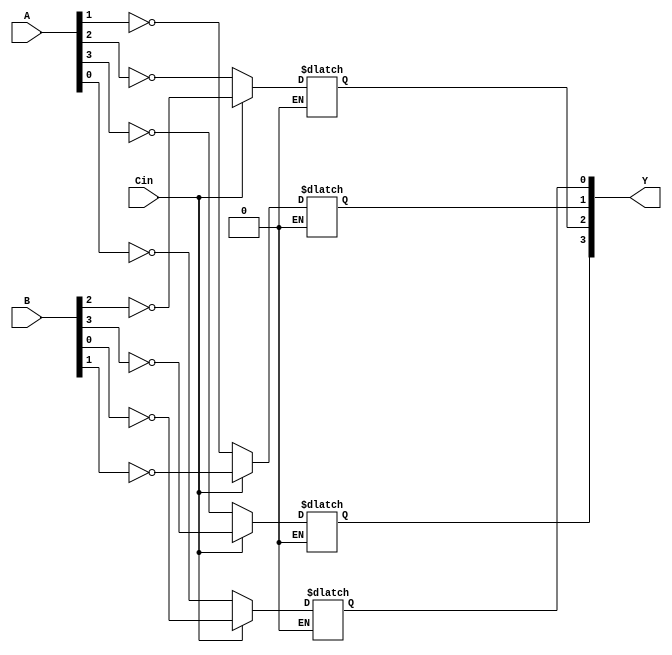
module Not_Verilog_P (A, B, Y, Cin);

    parameter N = 4;
    input [N-1:0] A;
    input [N-1:0] B;
    output [N-1:0] Y;
    input Cin;
  
    reg [N-1:0] Y_reg;
    reg [N-1:0] i;
    
    always @*
    begin
     for(i = 0; i < N; i = i + 1) 
    begin:r_loop
            if (Cin == 1)
            Y_reg[i] = ~B[i];
            else if (Cin == 0)
            Y_reg[i] = ~A[i];
    end
    end
    assign Y = Y_reg;   
    
endmodule